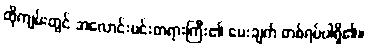
ထိုကျမ်းတွင် အလောင်းမင်းတရားကြီး၏ မေးချက် တစ်ရပ်ပါရှိ၏။